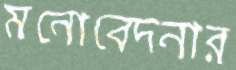
মনোবেদনার